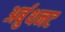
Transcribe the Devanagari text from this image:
अर्बुथनट